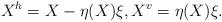
LaTeX: \begin{align*} X^h=X-\eta(X)\xi,X^v=\eta(X)\xi.\end{align*}